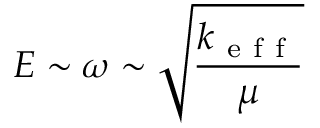
E \sim \omega \sim \sqrt { \frac { k _ { \mathrm { ~ e ~ f ~ f ~ } } } { \mu } }